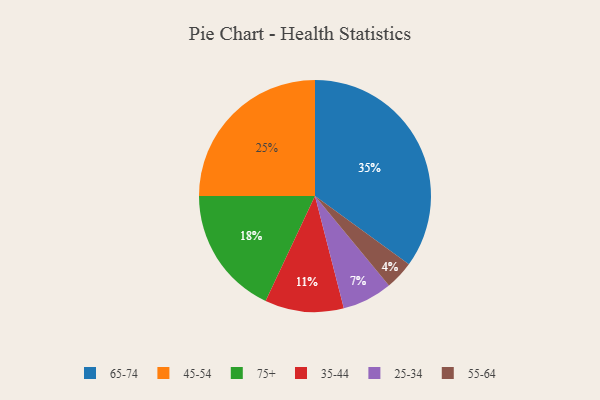
{"axis": {"x": "Category", "y": "Percentage"}, "legend": ["25-34", "35-44", "45-54", "55-64", "65-74", "75+"], "data": [{"x": "65-74", "y": 35, "type": "65-74"}, {"x": "25-34", "y": 7, "type": "25-34"}, {"x": "75+", "y": 18, "type": "75+"}, {"x": "45-54", "y": 25, "type": "45-54"}, {"x": "55-64", "y": 4, "type": "55-64"}, {"x": "35-44", "y": 11, "type": "35-44"}]}